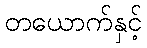
တယောက်နှင့်